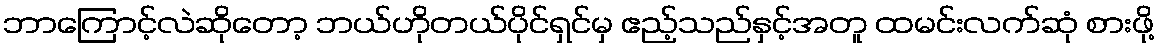
ဘာကြောင့်လဲဆိုတော့ ဘယ်ဟိုတယ်ပိုင်ရှင်မှ ဧည့်သည်နှင့်အတူ ထမင်းလက်ဆုံ စားဖို့